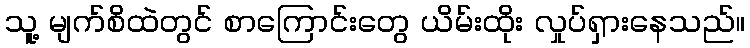
သူ့ မျက်စိထဲတွင် စာကြောင်းတွေ ယိမ်းထိုး လှုပ်ရှားနေသည်။